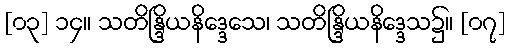
[၀၃] ၁၄။ သတိန္ဒြိယနိဒ္ဒေသေ၊ သတိန္ဒြိယနိဒ္ဒေသ၌။ [၀၇]